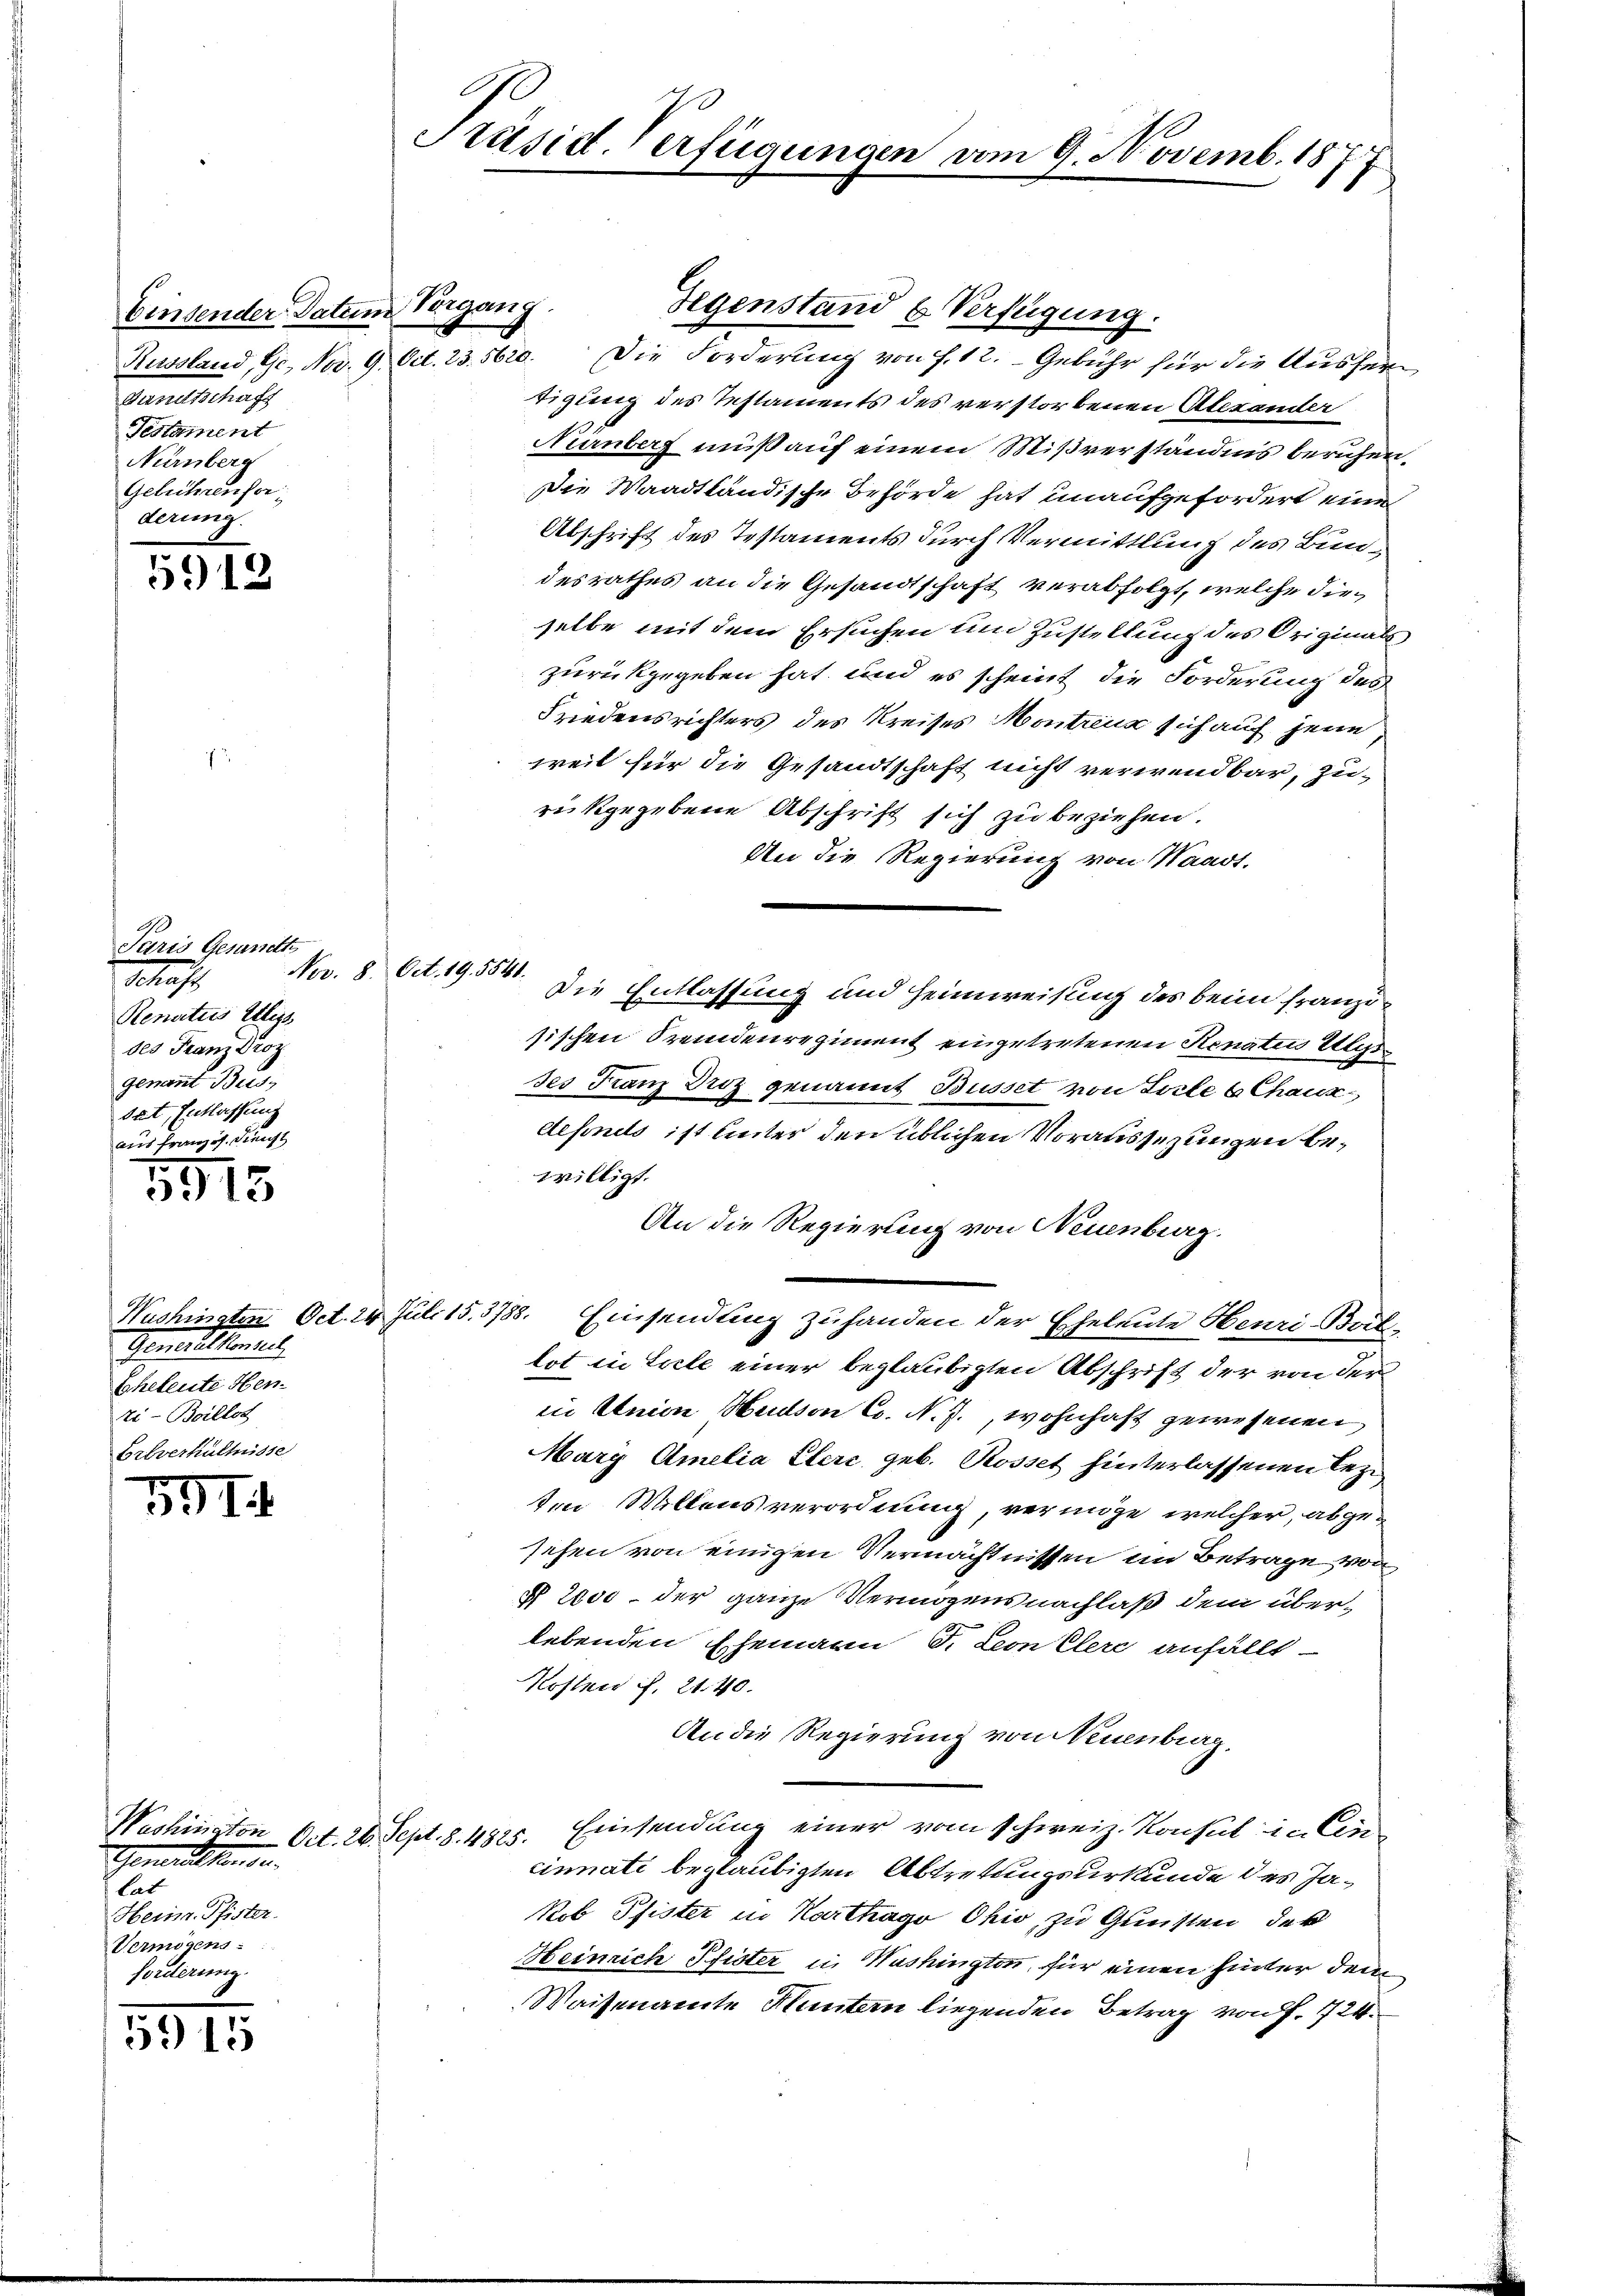
binsender Datum Vorgang.
metschaf
Testament
Nürnberg
Gebührenforderung.

5918

5915

391. 4

Washington Oct. 26. Sept. 8. 4825.
Generalten di
lat
Heinr. Pfister
Vermögens.
forderung.

59 15

A
Präsid-Verfügungen vom 9. Novemb. 187
i

Paris Gesandth
Nov. 8. Oct. 19. 5541.
Schaft,
Renitus Aligs
des Franz Droz
genannt Bres
dat, Entlassung
aus Französ. Dienst

Genthaltenheit
Eheleute Hen
ti-Boillos
Breverhältnisse

Gegenstand & Verfügung.
Russland, Ge, Nov. 9. Oct. 23. 5620. Die Forderung von f. 12. Gebühr für die Ausfertigung des Testaments des verstorbenen Alexander
Nürnberg muß auf einem Mißverständnis beruhen.
Die Waadtländische Behörde hat unaufgefordert eine
Abschrift des Testaments durch Vermittlung des Bundesrathes an die Gesandtschaft verabfolgt, welche dieselbe mit dem Ersuchen und Zustellung des Originals
zurückgegeben hat, und es scheint die Forderung des
Friedensrichters des Kreises Montreux sich auf jene,
weil für die Gesandtschaft nicht verwendbar, zurückgegebene Abschrift sich zu beziehen.
An die Regierung von Waadt.
Die Entlassung und Heimweisung des beim franzisischen Fremdenregiment eingetretenen Renatus Ulysses Franz Droz genannt Busset von Ziele b Chaux-
defonis ist unter den üblichen Voraussezungen bewilligt.
An die Regierung von Neuenburg.
Nushingten Oct. 24 Juli 15. 3788. Einsendung zuhanden der Eheleute Henri-Bol-
tot in Ziele einer beglaubigten Abschrift der von der
in Union Hudson Co. N. J., wohnhaft gewesenen
Mary Amelia Elers geb. Rosset hinterlassenen Beze
ten Willensverordnung, vermöge, welcher, abgesehen von einigen Vermächtnissen im Betrage von
§ 2000 – der ganze Vermögensnachlaß dem überlebenden Ehemann J. Leon Clere anfällt
Kosten f. 2140.
An die Regierung von Neuenburg,
Einsendung einer vom schweiz. Konsul in Cencinnati beglaubigten Abtretungsurkunde des Jakob Pfister in Karthago Ohio, zu Gunsten, der
Heinrich Pfister in Washington, für einen hinter dem
Waisenamte Huntern liegenden Betrag von f. 724.